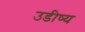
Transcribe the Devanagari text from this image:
उडीष्य